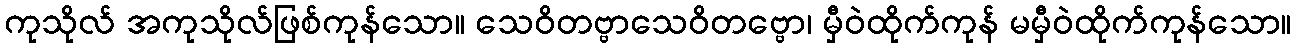
ကုသိုလ် အကုသိုလ်ဖြစ်ကုန်သော။ သေဝိတဗ္ဗာသေဝိတဗ္ဗော၊ မှီဝဲထိုက်ကုန် မမှီဝဲထိုက်ကုန်သော။